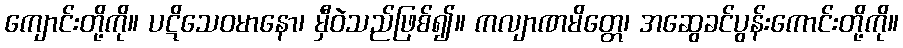
ကျောင်းတို့ကို။ ပဋိသေဝမာနော၊ မှီဝဲသည်ဖြစ်၍။ ကလျာဏမိတ္တေ၊ အဆွေခင်ပွန်းကောင်းတို့ကို။